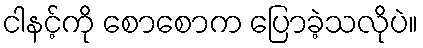
ငါနင့်ကို စောစောက ပြောခဲ့သလိုပဲ။